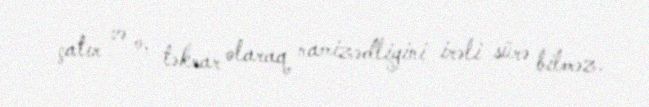
çatır və o, təkrar olaraq namizədliyini irəli sürə bilməz.